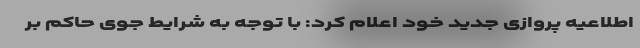
اطلاعیه‌ پروازی جدید خود اعلام‌ کرد: با توجه به شرایط جوی حاکم بر